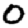
Digit: 0